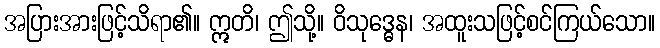
အပြားအားဖြင့်သိရာ၏။ ဣတိ၊ ဤသို့။ ဝိသုဒ္ဓေန၊ အထူးသဖြင့်စင်ကြယ်သော။